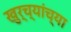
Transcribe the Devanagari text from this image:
खुर्च्यांच्या